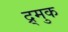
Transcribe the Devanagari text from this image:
द्र्मुक